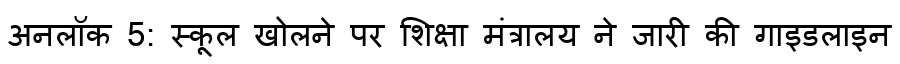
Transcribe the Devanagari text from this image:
अनलॉक 5: स्कूल खोलने पर शिक्षा मंत्रालय ने जारी की गाइडलाइन